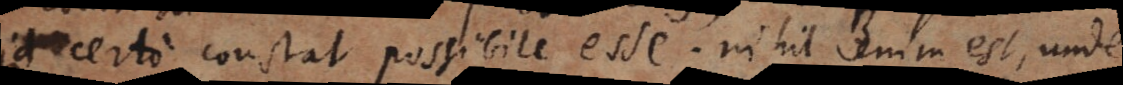
certo constat possibile esse; nihil enim est, unde